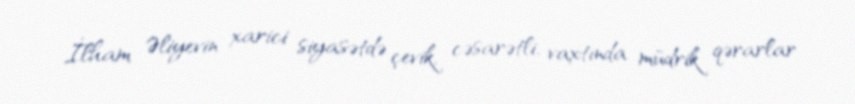
İlham Əliyevin xarici siyasətdə çevik, cəsarətli, vaxtında müdrik qərarlar